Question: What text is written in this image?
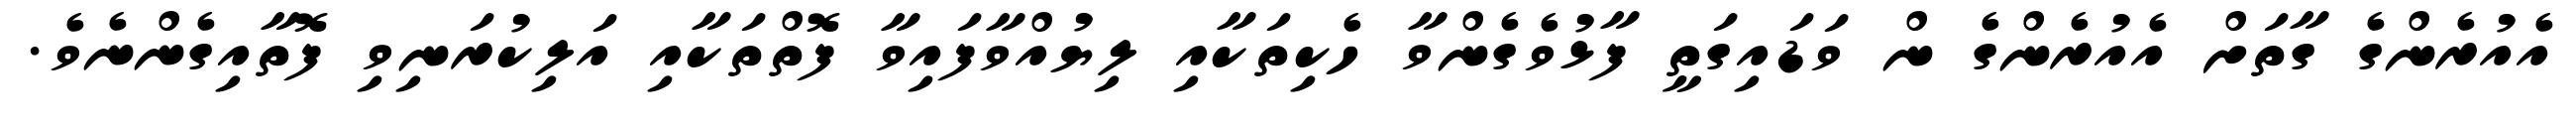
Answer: އެއުރެންގެ ގާތަށް އެއުރެންގެ ން ވަޑައިގަތީ ފާޅުވެގެންވާ ހެކިތަކާއި ލިޔުއްވާފައިވާ ފޮތްތަކާއި އަލިކުރަނިވި ފޮތާއިގެންނެވެ.